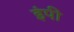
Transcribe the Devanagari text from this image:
इंपी